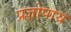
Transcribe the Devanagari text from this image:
प्रज्ञोपाय